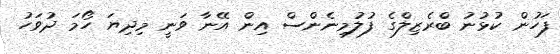
ފަހުން ކުޅުނު ބްރެޒިލްގެ ފުލުމިނެންސް އިން އޭނާ ވަނީ މިދިޔަ ހޯމަ ދުވަހު